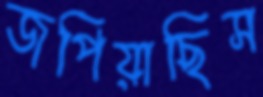
জপিয়াছিস